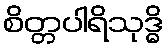
စိတ္တပါရိသုဒ္ဓိ